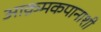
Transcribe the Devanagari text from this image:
आक्रमकपानाशी